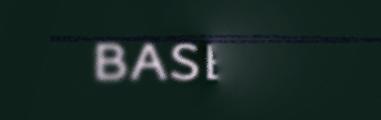
basert